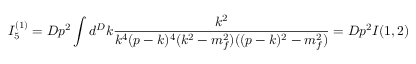
I _ { 5 } ^ { ( 1 ) } = D p ^ { 2 } \int d ^ { D } k \frac { k ^ { 2 } } { k ^ { 4 } ( p - k ) ^ { 4 } ( k ^ { 2 } - m _ { f } ^ { 2 } ) ( ( p - k ) ^ { 2 } - m _ { f } ^ { 2 } ) } = D p ^ { 2 } I ( 1 , 2 )